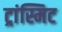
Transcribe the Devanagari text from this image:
ट्रांस्मिट